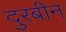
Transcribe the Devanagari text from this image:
दुरबीन